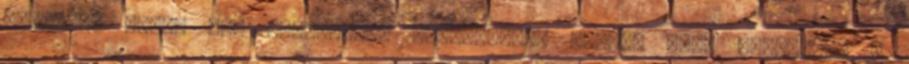
félhold, ezért úgy gondoltam, kompenzálom azzal, hogy pöttyözök a